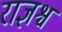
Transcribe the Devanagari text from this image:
राज्ञश्च